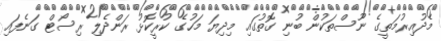
މެދުއިރުމަތީގެ ނޫސްތަކުން ބުނި ގޮތުގައި މިދިޔަ މަހުގެ ކުރީކޮޅު ރަންދެލި ރިސޯޓް ގަނެފައި